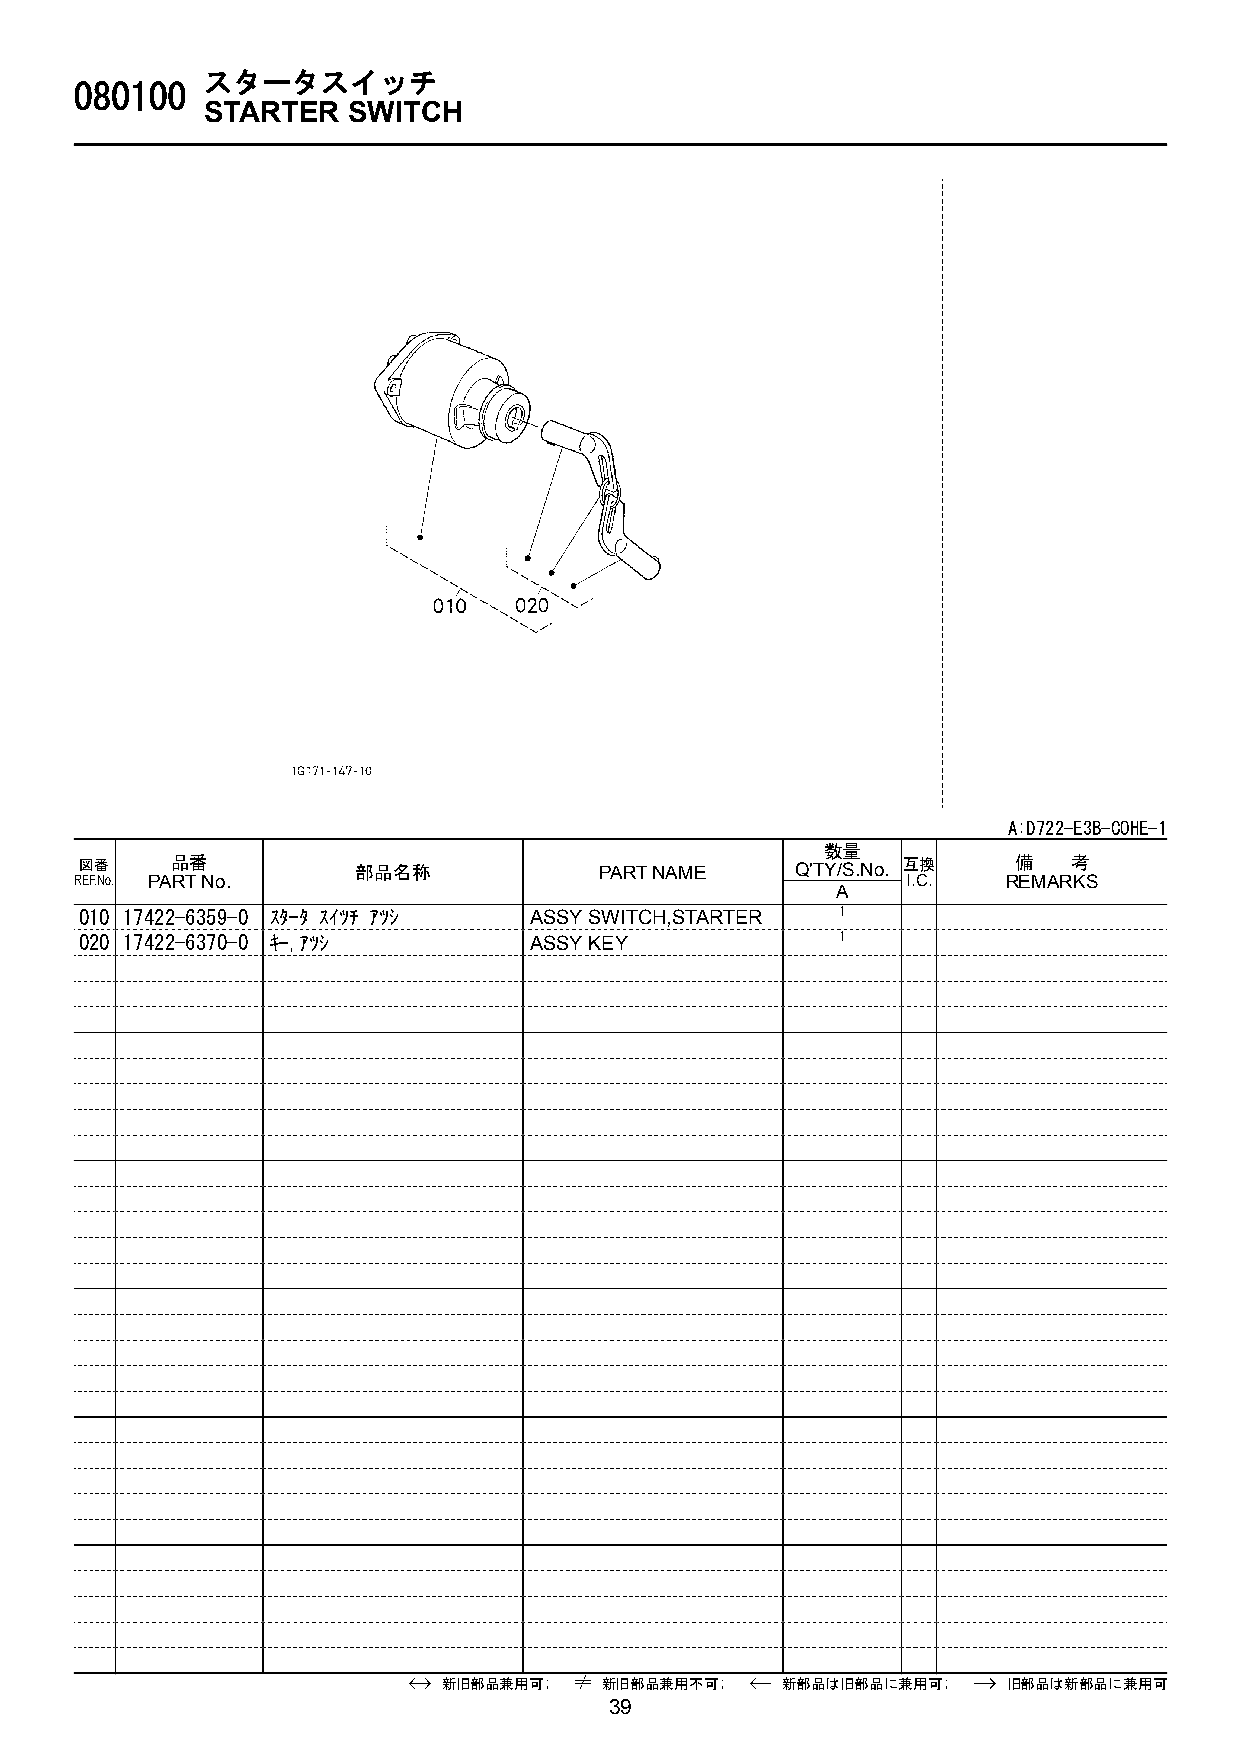
スタータスイッチ
 080100
 STARTER   SWITCH
 A:D722-E3B-COHE-1
 数量
 図番    品番           部品名称            PART NAME    Q'TY/S.No. 互換 備   考
 REF.No. PART No.                                       I.C.   REMARKS
 A
 010 17422-6359-0 ｽﾀ-ﾀ ｽｲﾂﾁ ｱﾂｼ ASSY SWITCH,STARTER 1
 020 17422-6370-0 ｷ-,ｱﾂｼ       ASSY KEY             1
 新旧部品兼用可;   新旧部品兼用不可;   新部品は旧部品に兼用可;   旧部品は新部品に兼用可
 39